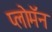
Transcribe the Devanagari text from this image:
प्लोमॅन